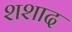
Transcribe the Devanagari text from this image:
शशाद